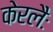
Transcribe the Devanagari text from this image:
केरलैः